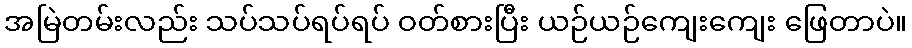
အမြဲတမ်းလည်း သပ်သပ်ရပ်ရပ် ဝတ်စားပြီး ယဉ်ယဉ်ကျေးကျေး ဖြေတာပဲ။